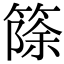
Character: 篨